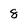
Character: 8